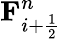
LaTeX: \mathbf{F}_{i+\frac{1}{2}}^{n}